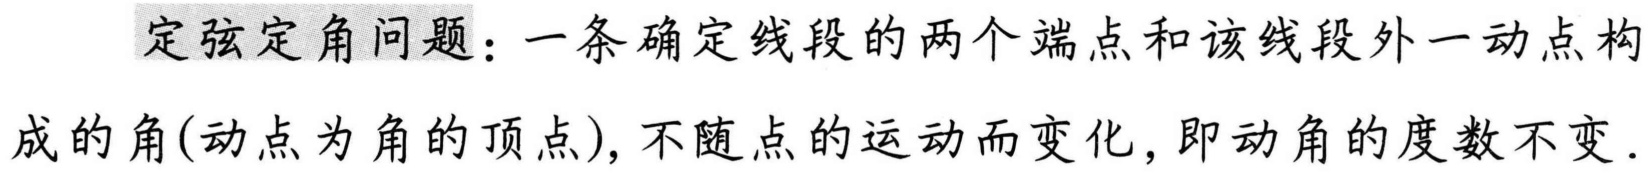
定弦定角问题：一条确定线段的两个端点和该线段外一动点构成的角(动点为角的顶点), 不随点的运动而变化, 即动角的度数不变.